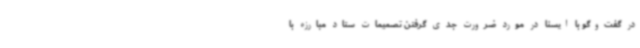
در گفت‌وگو با ایسنا در مورد ضرورت جدی گرفتن تصمیمات ستاد مبارزه با